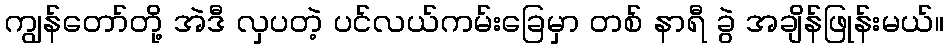
ကျွန်တော်တို့ အဲဒီ လှပတဲ့ ပင်လယ်ကမ်းခြေမှာ တစ် နာရီ ခွဲ အချိန်ဖြုန်းမယ်။